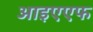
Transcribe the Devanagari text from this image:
आइएएफ